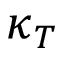
\kappa _ { T }